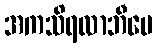
အကသိရလာဘီပေ